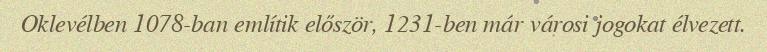
Oklevélben 1078-ban említik először, 1231-ben már városi jogokat élvezett.